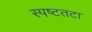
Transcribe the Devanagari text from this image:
स्पष्टतटा